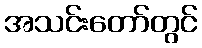
အသင်းတော်တွင်